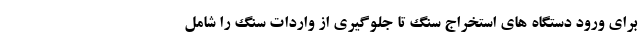
برای ورود دستگاه های استخراج سنگ تا جلوگیری از واردات سنگ را شامل